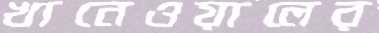
খানেওয়ালের